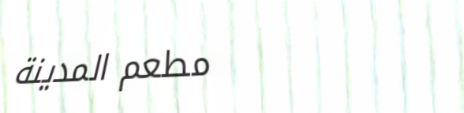
مطعم المدينة